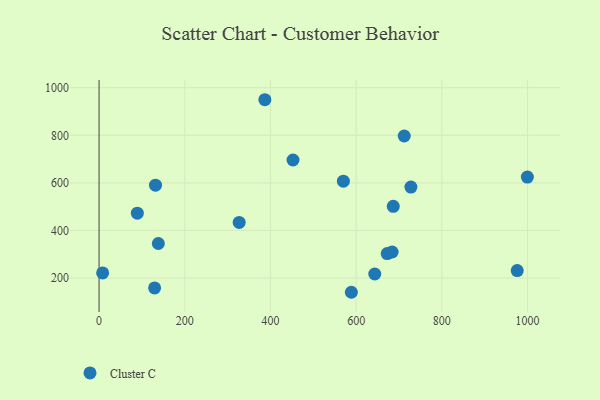
{"axis": {"x": "Experience", "y": "Demand"}, "legend": ["Cluster C"], "data": [{"x": "672.5", "y": 303.1, "type": "Cluster C"}, {"x": "327.0", "y": 434.0, "type": "Cluster C"}, {"x": "712.2", "y": 797.0, "type": "Cluster C"}, {"x": "386.9", "y": 949.5, "type": "Cluster C"}, {"x": "89.3", "y": 472.8, "type": "Cluster C"}, {"x": "452.6", "y": 696.3, "type": "Cluster C"}, {"x": "999.6", "y": 624.3, "type": "Cluster C"}, {"x": "727.8", "y": 582.5, "type": "Cluster C"}, {"x": "686.6", "y": 501.5, "type": "Cluster C"}, {"x": "8.3", "y": 221.8, "type": "Cluster C"}, {"x": "131.7", "y": 590.5, "type": "Cluster C"}, {"x": "138.3", "y": 345.4, "type": "Cluster C"}, {"x": "588.8", "y": 140.4, "type": "Cluster C"}, {"x": "129.6", "y": 158.7, "type": "Cluster C"}, {"x": "975.9", "y": 231.4, "type": "Cluster C"}, {"x": "570.2", "y": 607.4, "type": "Cluster C"}, {"x": "684.0", "y": 309.7, "type": "Cluster C"}, {"x": "643.4", "y": 217.2, "type": "Cluster C"}]}